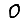
Digit: 0